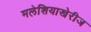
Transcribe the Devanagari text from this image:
मलेशियाखेरीज